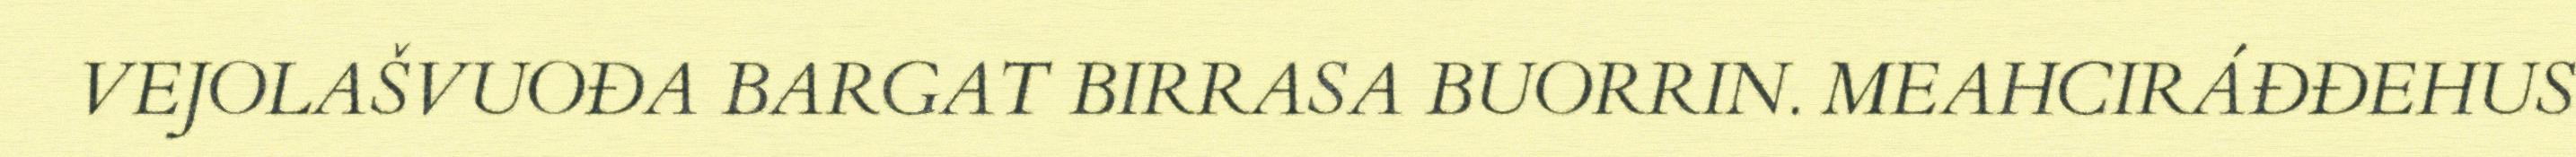
VEJOLAŠVUOĐA BARGAT BIRRASA BUORRIN. MEAHCIRÁĐĐEHUS